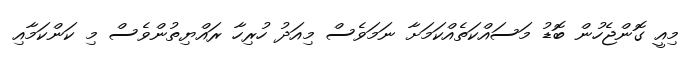
މިއީ ގޮންޖެހުން ބޮޑު މަސައްކަތެއްކަމަށާ ނަމަވެސް މިއަދު ހުރިހާ ރައްޔިތުންވެސް މި ކަންކަމާއި